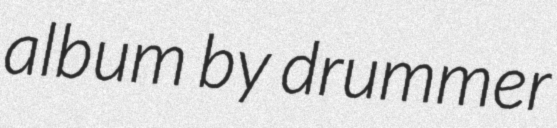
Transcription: album by drummer